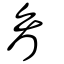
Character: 看